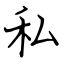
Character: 私